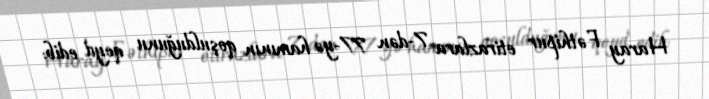
Haray Fəthipur etirazlara 7-dən 77-yə hamının qoşulduğunu qeyd edib: